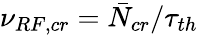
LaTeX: \nu_{RF,cr}=\bar{N}_{cr}/\tau_{th}